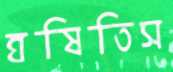
ঘষিতিস